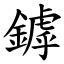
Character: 鏬